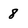
Character: 8